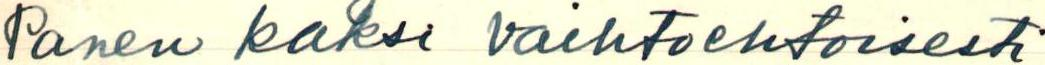
Panen kaksi vaihtoehtoisesti